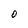
Character: O